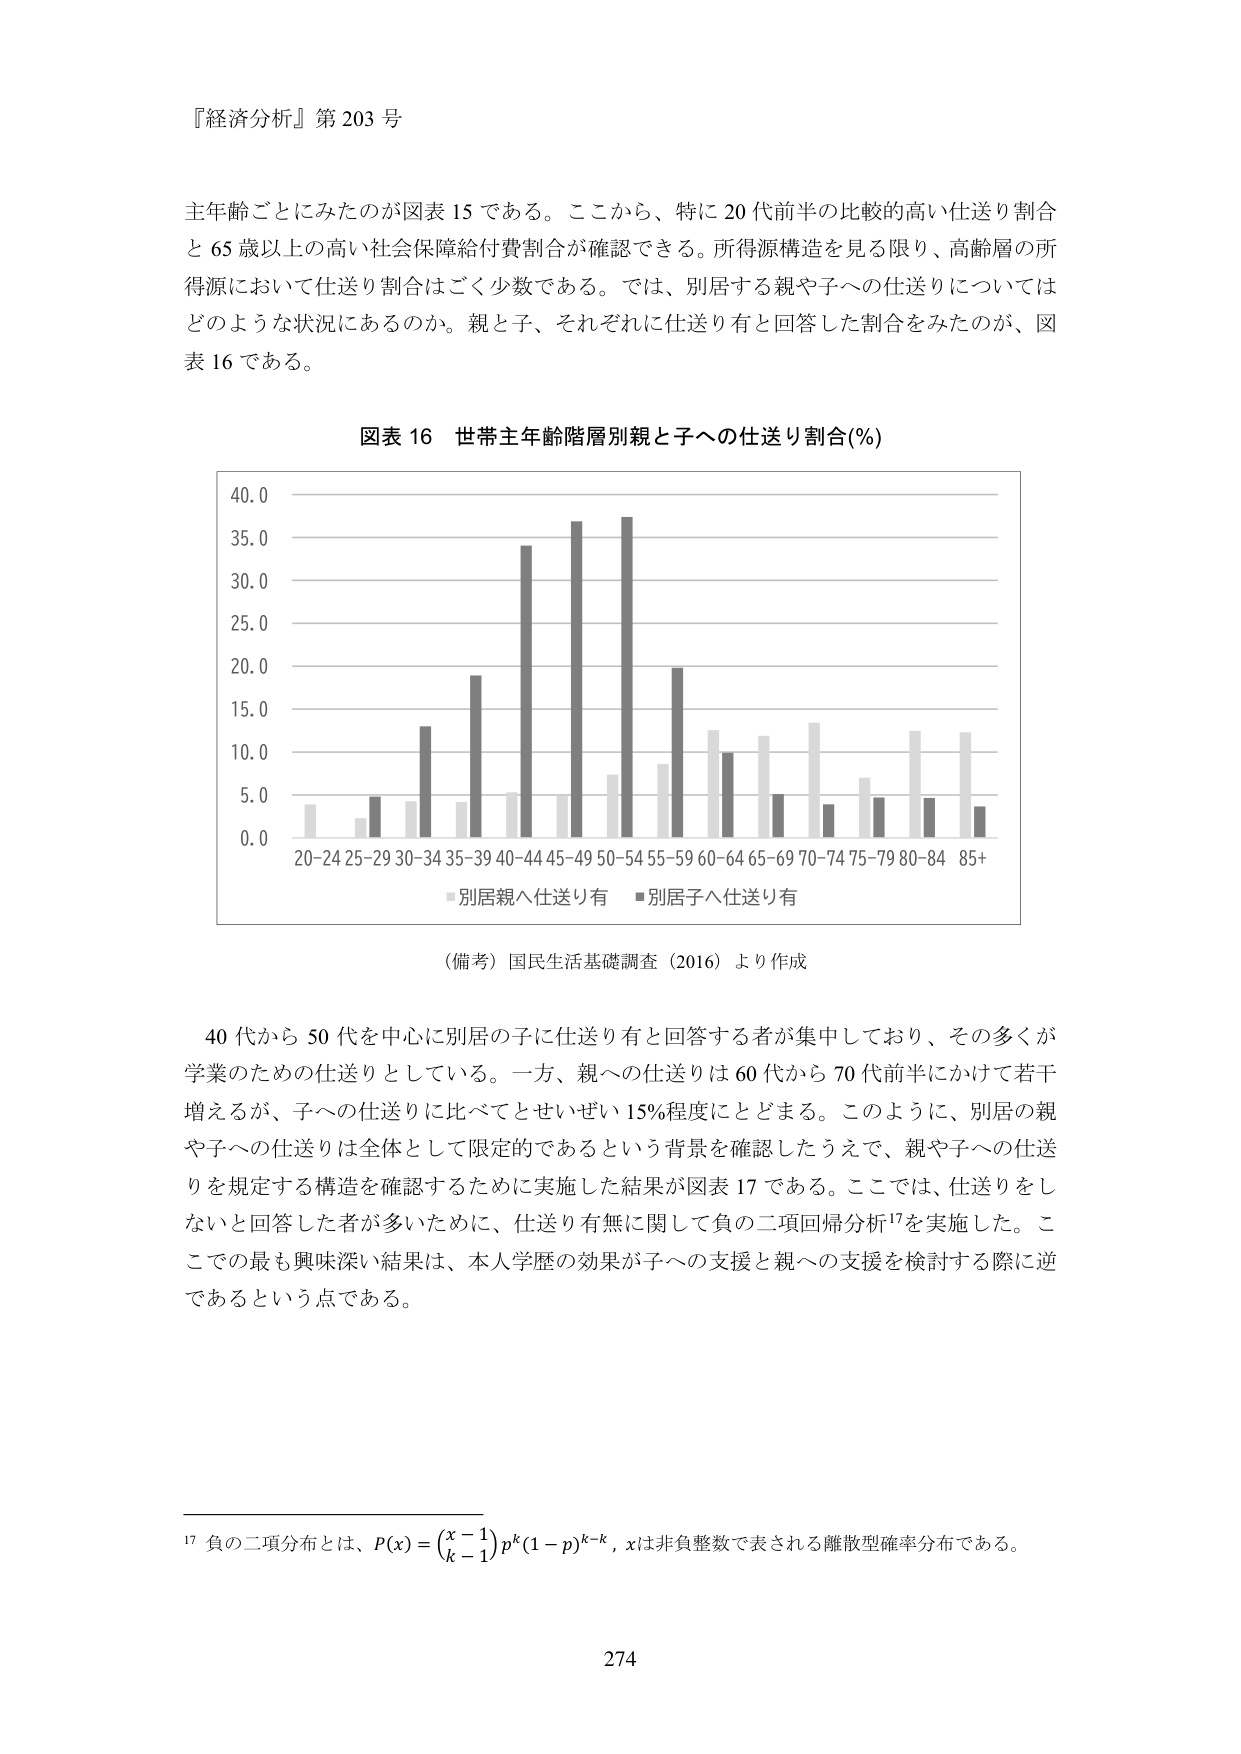
『経済分析』第203号

主年齢ごとにみたのが図表15である。ここから、特に20代前半の比較的高い仕送り割合と65歳以上の高い社会保障給付費割合が確認できる。所得源構造を見る限り、高齢層の所得源において仕送り割合はごく少数である。では、別居する親や子への仕送りについてはどのような状況にあるのか。親と子、それぞれに仕送り有と回答した割合をみたのが、図表16である。

図表16 世帯主年齢階層別親と子への仕送り割合(%)

（備考）国民生活基礎調査（2016）より作成

40代から50代を中心に別居の子に仕送り有と回答する者が集中しており、その多くが学業のための仕送りとしている。一方、親への仕送りは60代から70代前半にかけて若干増えるが、子への仕送りに比べてとせいぜい15%程度にとどまる。このように、別居の親や子への仕送りは全体として限定的であるという背景を確認したうえで、親や子への仕送りを規定する構造を確認するために実施した結果が図表17である。ここでは、仕送りをしないと回答した者が多いために、仕送り有無に関して負の二項回帰分析¹⁷を実施した。ここでの最も興味深い結果は、本人学歴の効果が子への支援と親への支援を検討する際に逆であるという点である。

¹⁷ 負の二項分布とは、P(x) = (x-1 choose k-1) p^k (1-p)^(k-x), xは非負整数で表される離散型確率分布である。

274